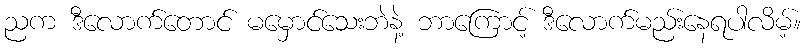
ညက ဒီလောက်တောင် မမှောင်သေးဘဲနဲ့ ဘာကြောင့် ဒီလောက်မည်းနေရပါလိမ့်။